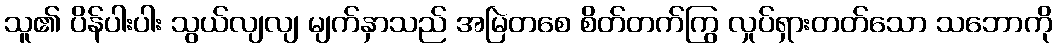
သူ၏ ပိန်ပါးပါး သွယ်လျလျ မျက်နှာသည် အမြဲတစေ စိတ်တက်ကြွ လှုပ်ရှားတတ်သော သဘောကို